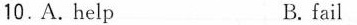
10.A. Help B. fail